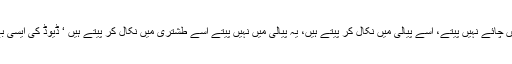
آخر ہم بھی تو چائے دانی میں چائے نہیں پیتے، اسے پیالی میں نکال کر پیتے ہیں، یہ پیالی میں نہیں پیتے اسے طشتری میں نکال کر پیتے ہیں ‘ ڈیوڈ کی ایسی بے تکی منطق ہوا کرتی تھی۔